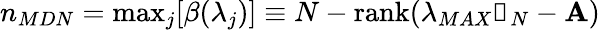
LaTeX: n_{MDN}=\mathrm{max}_{j}[\beta(\lambda_{j})]\equiv N-\mathrm{rank}(\lambda_{MAX}\mathbb{1}_{N}-\textbf{A})